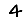
Digit: 4